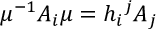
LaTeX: \mu ^ { - 1 } A _ { i } \mu = h _ { i } { } ^ { j } A _ { j }